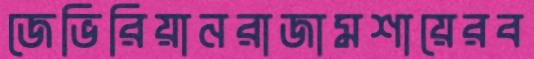
জেভিরিয়ানরাজামশায়েরব